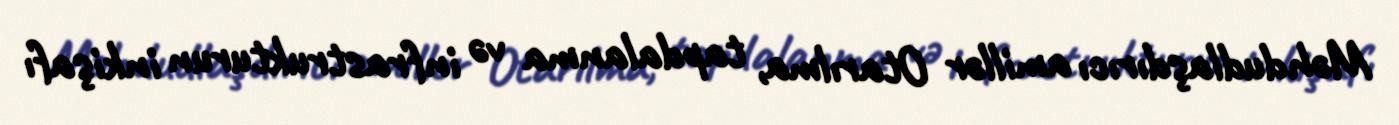
Məhdudlaşdırıcı amillər Otarılma, tapdalanma və infrastrukturun inkişafı